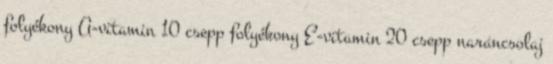
folyékony A-vitamin 10 csepp folyékony E-vitamin 20 csepp narancsolaj